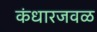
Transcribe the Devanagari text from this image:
कंधारजवळ